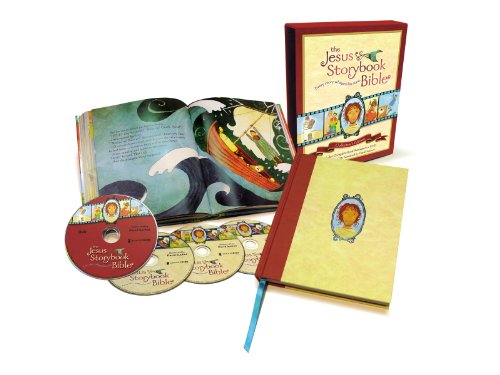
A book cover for The Jesus Storybook Bible Collector's Edition; Sally Lloyd-Jones; Education & Teaching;